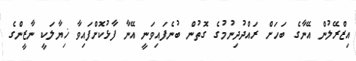
އިޒްރޭލުން އޭނާގެ ބަހަށް ރައްދުދިނުމުގެ ގޮތުން ބުނެފައިވަނީ އޭނާ ފާޅުކޮށްފައިވާ ޚިޔާލަކީ ނާޒީންގެ